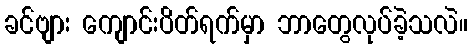
ခင်ဗျား ကျောင်းပိတ်ရက်မှာ ဘာတွေလုပ်ခဲ့သလဲ။